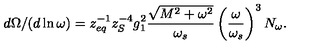
d \Omega / ( d \ln \omega ) = z _ { e q } ^ { - 1 } z _ { S } ^ { - 4 } g _ { 1 } ^ { 2 } \frac { \sqrt { M ^ { 2 } + \omega ^ { 2 } } } { \omega _ { s } } \left( \frac { \omega } { \omega _ { s } } \right) ^ { 3 } N _ { \omega } .